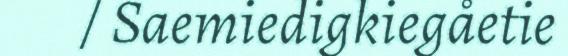
/ Saemiedigkiegåetie